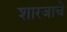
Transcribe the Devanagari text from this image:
शारजाचे